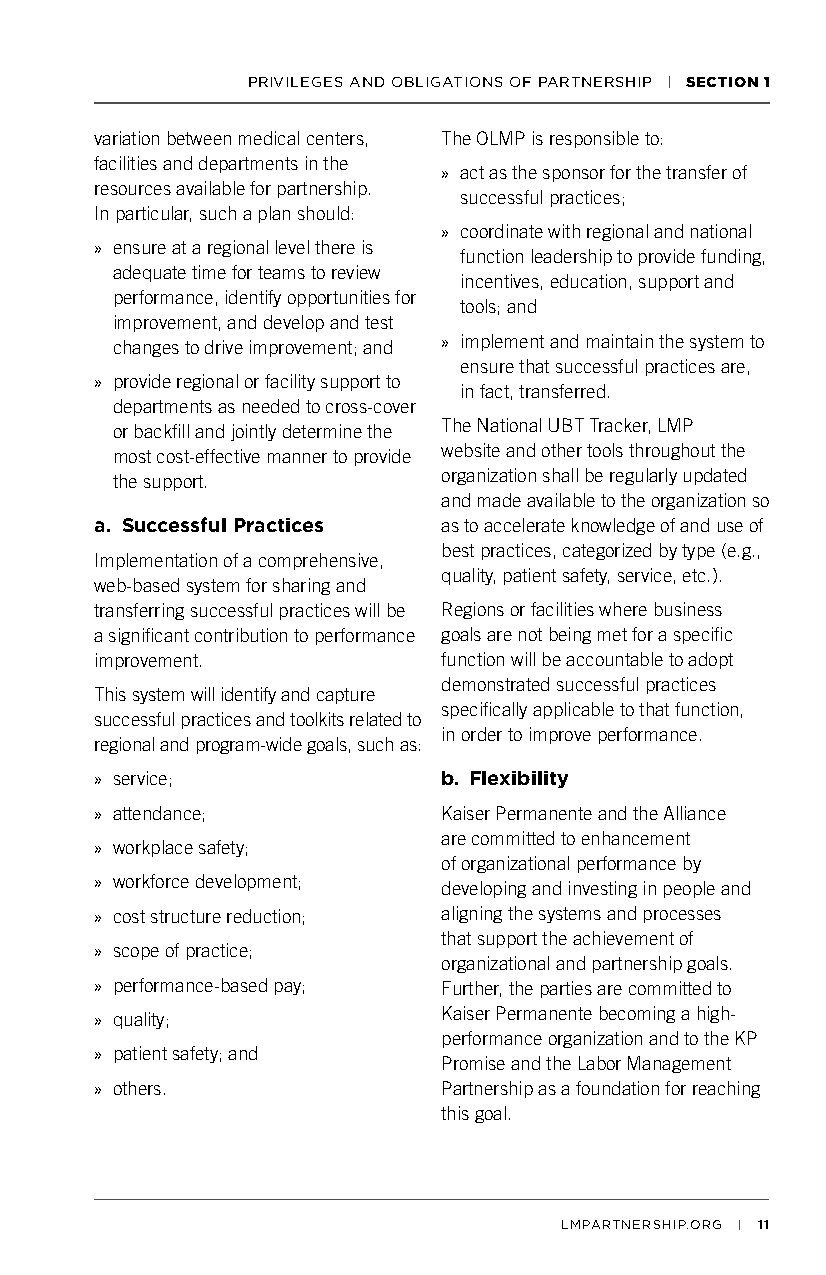
PRIVILEGES AND OBLIGATIONS OF PARTNERSHIP | SECTION 1
 variation between medical centers, The OLMP is responsible to:
 facilities and departments in the
 » act as the sponsor for the transfer of
 resources available for partnership.
 successful practices;
 In particular, such a plan should:
 » coordinate with regional and national
 » ensure at a regional level there is
 function leadership to provide funding,
 adequate time for teams to review
 incentives, education, support and
 performance, identify opportunities for
 tools; and
 improvement, and develop and test
 changes to drive improvement; and » implement and maintain the system to
 ensure that successful practices are,
 » provide regional or facility support to
 in fact, transferred.
 departments as needed to cross-cover
 The National UBT Tracker, LMP
 or backfill and jointly determine the
 website and other tools throughout the
 most cost-effective manner to provide
 organization shall be regularly updated
 the support.
 and made available to the organization so
 a. Successful Practices as to accelerate knowledge of and use of
 best practices, categorized by type (e.g.,
 Implementation of a comprehensive,
 quality, patient safety, service, etc.).
 web-based system for sharing and
 transferring successful practices will be Regions or facilities where business
 a significant contribution to performance goals are not being met for a specific
 improvement.           function will be accountable to adopt
 demonstrated successful practices
 This system will identify and capture
 specifically applicable to that function,
 successful practices and toolkits related to
 in order to improve performance.
 regional and program-wide goals, such as:
 » service;             b. Flexibility
 » attendance;          Kaiser Permanente and the Alliance
 are committed to enhancement
 » workplace safety;
 of organizational performance by
 » workforce development; developing and investing in people and
 » cost structure reduction; aligning the systems and processes
 that support the achievement of
 » scope of practice;
 organizational and partnership goals.
 » performance-based pay; Further, the parties are committed to
 » quality;             Kaiser Permanente becoming a high-
 performance organization and to the KP
 » patient safety; and
 Promise and the Labor Management
 » others.              Partnership as a foundation for reaching
 this goal.
 LMPARTNERSHIP.ORG | 11